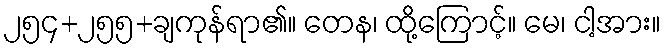
၂၅၄+၂၅၅+ချကုန်ရာ၏။ တေန၊ ထို့ကြောင့်။ မေ၊ ငါ့အား။